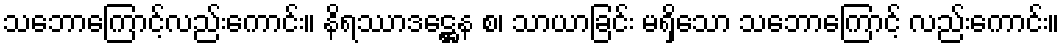
သဘောကြောင့်လည်းကောင်း။ နိရဿာဒဋ္ဌေန စ၊ သာယာခြင်း မရှိသော သဘောကြောင့် လည်းကောင်း။